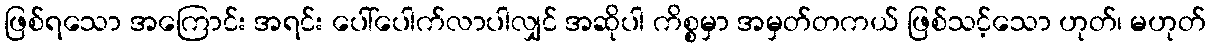
ဖြစ်ရသော အကြောင်း အရင်း ပေါ်ပေါက်လာပါလျှင် အဆိုပါ ကိစ္စမှာ အမှတ်တကယ် ဖြစ်သင့်သော ဟုတ်၊ မဟုတ်